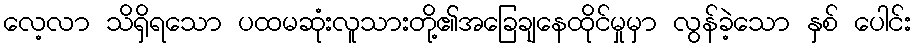
လေ့လာ သိရှိရသော ပထမဆုံးလူသားတို့၏အခြေချနေထိုင်မှုမှာ လွန်ခဲ့သော နှစ် ပေါင်း